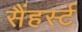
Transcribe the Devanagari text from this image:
सैंहर्स्ट